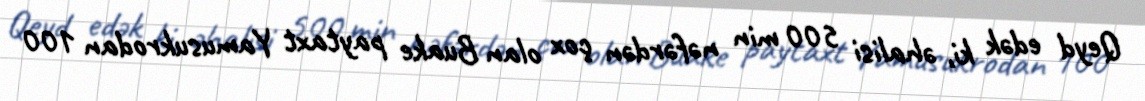
Qeyd edək ki, əhalisi 500 min nəfərdən çox olan Buake paytaxt Yamusukrodan 100